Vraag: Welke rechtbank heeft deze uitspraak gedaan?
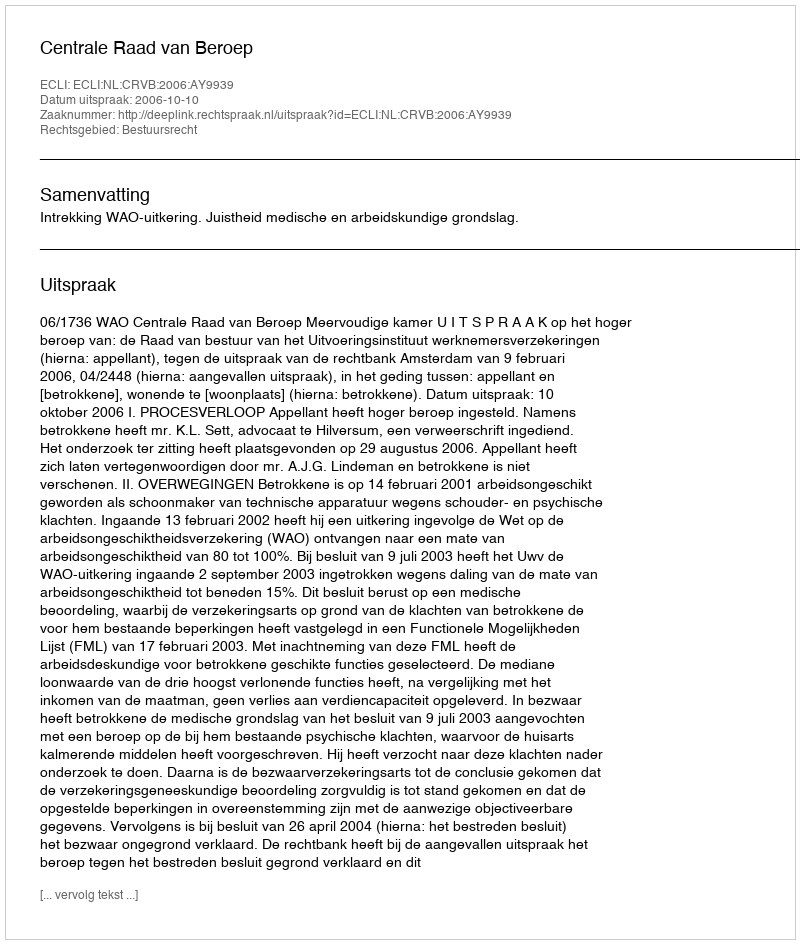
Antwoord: Centrale Raad van Beroep